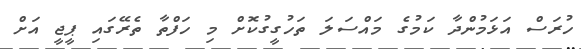
ހުރަސް އަޅަމުންދާ ކަމުގެ މައްސަލަ ތަހުގީގުކޮށް މި ހަފްތާ ތެރޭގައި ޕީޖީ އަށް